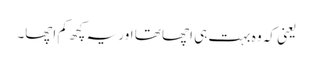
یعنی کہ وہ بہت ہی اچھا تھا اور یہ کچھ کم اچھا۔